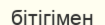
бітігімен